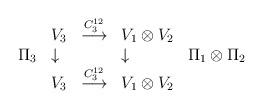
LaTeX: \begin{align*}\begin{array}{llcll} & V_3 & \stackrel{C^{12}_3}{\longrightarrow} & V_1\otimes V_2& \\ \Pi _3 & \downarrow & & \downarrow & \Pi _1 \otimes \Pi_2 \\ & V_3 & \stackrel{C^{12}_3}{\longrightarrow} & V_1\otimes V_2& \end{array}\end{align*}